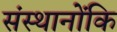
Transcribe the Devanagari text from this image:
संस्थानोंकि